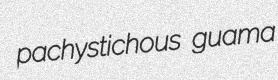
pachystichous guama